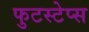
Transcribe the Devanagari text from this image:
फुटस्टेप्स